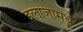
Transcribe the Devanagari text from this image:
इलाजामधे